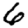
Digit: 6